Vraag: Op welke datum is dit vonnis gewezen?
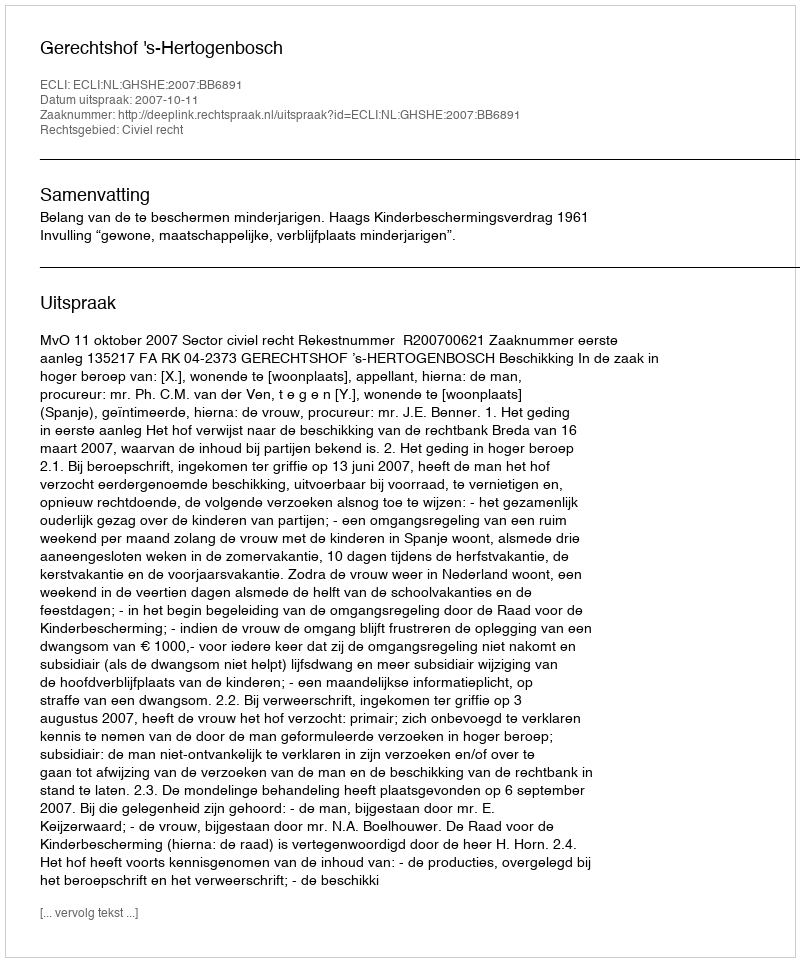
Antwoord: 2007-10-11